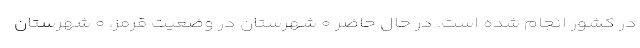
در کشور انجام شده است. در حال حاضر ۰ شهرستان در وضعیت قرمز، ۰ شهرستان